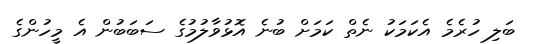
ބަލި ހުރެމެ އެކަމަކު ނެތް ކަމަށް ބުނެ އޮޅުވާލުމުގެ ސަބަބުން އެ މީހުންގެ